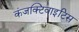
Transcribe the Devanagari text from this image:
कंजक्टिवाइटिस